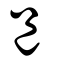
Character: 邑